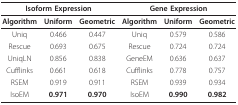
<table><thead><tr><td colspan="3"><b>Isoform Expression</b></td><td colspan="3"><b>Gene Expression</b></td></tr></thead><tbody><tr><td><b>Algorithm</b></td><td><b>Uniform</b></td><td><b>Geometric</b></td><td><b>Algorithm</b></td><td><b>Uniform</b></td><td><b>Geometric</b></td></tr><tr><td>Uniq</td><td>0.466</td><td>0.447</td><td>Uniq</td><td>0.579</td><td>0.586</td></tr><tr><td>Rescue</td><td>0.693</td><td>0.675</td><td>Rescue</td><td>0.724</td><td>0.724</td></tr><tr><td>UniqLN</td><td>0.856</td><td>0.838</td><td>GeneEM</td><td>0.636</td><td>0.637</td></tr><tr><td>Cufflinks</td><td>0.661</td><td>0.618</td><td>Cufflinks</td><td>0.778</td><td>0.757</td></tr><tr><td>RSEM</td><td>0.919</td><td>0.911</td><td>RSEM</td><td>0.939</td><td>0.934</td></tr><tr><td>IsoEM</td><td><b>0.971</b></td><td><b>0.970</b></td><td>IsoEM</td><td><b>0.990</b></td><td><b>0.982</b></td></tr></tbody></table>